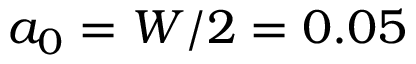
a _ { 0 } = { W } / { 2 } = 0 . 0 5